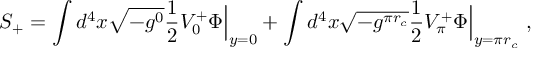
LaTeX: S _ { + } = \int d ^ { 4 } x \sqrt { - g ^ { 0 } } \frac { 1 } { 2 } V _ { 0 } ^ { + } \Phi \Bigr | _ { y = 0 } + \int d ^ { 4 } x \sqrt { - g ^ { \pi r _ { c } } } \frac { 1 } { 2 } V _ { \pi } ^ { + } \Phi \Bigr | _ { y = \pi r _ { c } } \ ,